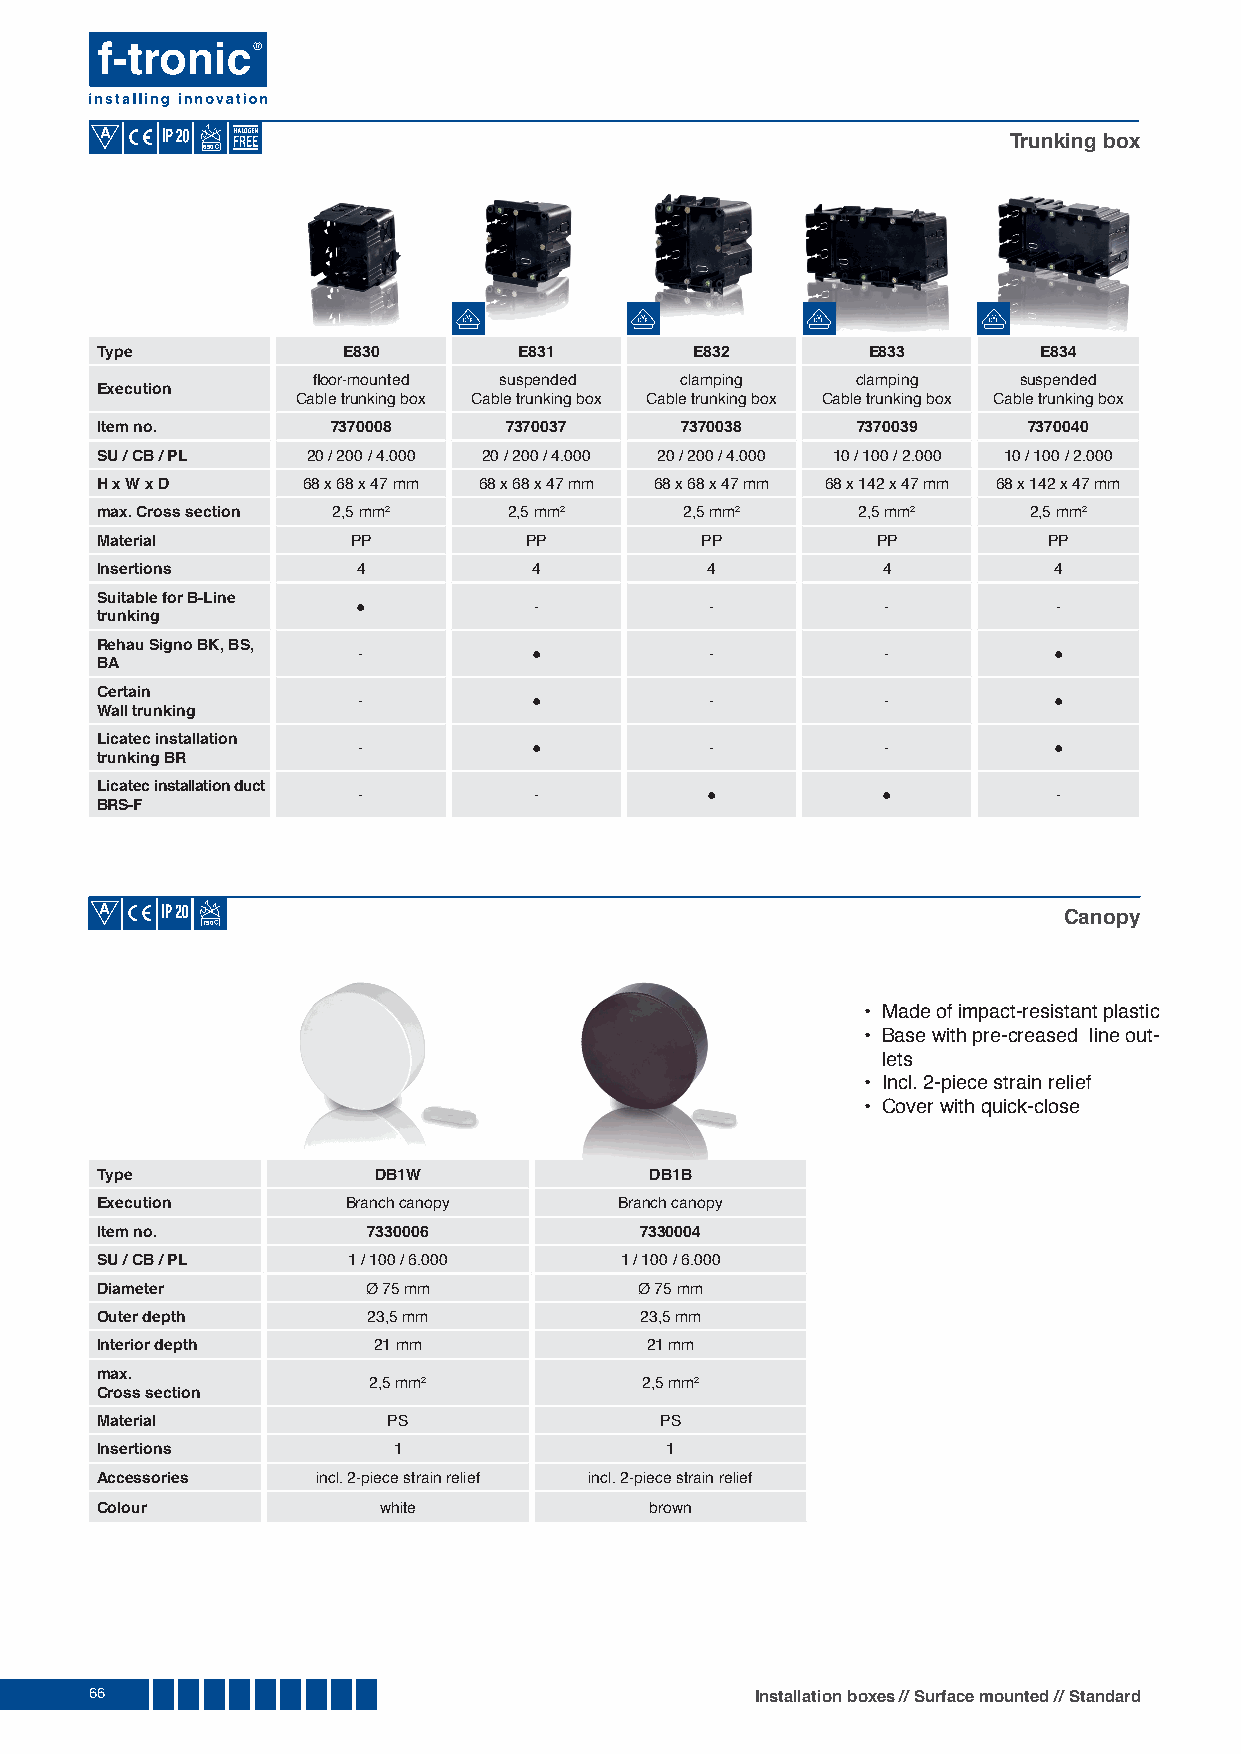
A
 Trunking box
 650
 Type             E830       E831        E832       E833        E834
 fl oor-mounted suspended clamping   clamping  suspended
 Execution
 Cable trunking box Cable trunking box Cable trunking box Cable trunking box Cable trunking box
 Item no.        7370008    7370037     7370038     7370039    7370040
 SU / CB / PL  20 / 200 / 4.000 20 / 200 / 4.000 20 / 200 / 4.000 10 / 100 / 2.000 10 / 100 / 2.000
 H x W x D     68 x 68 x 47 mm 68 x 68 x 47 mm 68 x 68 x 47 mm 68 x 142 x 47 mm 68 x 142 x 47 mm
 max. Cross section 2,5 mm2  2,5 mm2    2,5 mm2     2,5 mm2    2,5 mm2
 Material         PP          PP         PP          PP         PP
 Insertions        4          4           4          4           4
 Suitable for B-Line
 ●          -           -           -          -
 trunking
 Rehau Signo BK, BS,
 -          ●           -           -          ●
 BA
 Certain
 -          ●           -           -          ●
 Wall trunking
 Licatec installation
 -          ●           -           -          ●
 trunking BR
 Licatec installation duct
 -          -           ●          ●           -
 BRS-F
 A
 Canopy
 750
 • Made of impact-resistant plastic
 • Base with pre-creased line out-
 lets
 • Incl. 2-piece strain relief
 • Cover with quick-close
 Type               DB1W              DB1B
 Execution        Branch canopy     Branch canopy
 Item no.          7330006           7330004
 SU / CB / PL     1 / 100 / 6.000   1 / 100 / 6.000
 Diameter          Ø 75 mm           Ø 75 mm
 Outer depth       23,5 mm           23,5 mm
 Interior depth     21 mm             21 mm
 max.
 2,5 mm2           2,5 mm2
 Cross section
 Material            PS                PS
 Insertions          1                 1
 Accessories    incl. 2-piece strain relief incl. 2-piece strain relief
 Colour             white             brown
 66                                          Installation boxes // Surface mounted // Standard